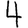
Digit: 4